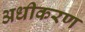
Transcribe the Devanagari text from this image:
अधीकरण